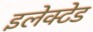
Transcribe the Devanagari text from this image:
इलेक्टेड